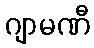
ဂျာမဏီ